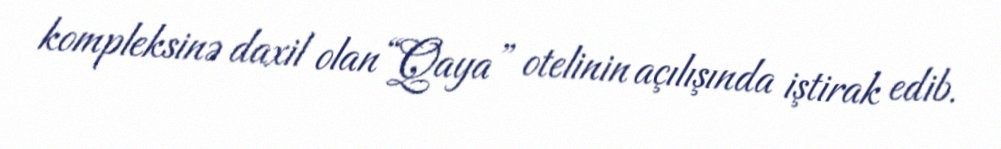
kompleksinə daxil olan “Qaya” otelinin açılışında iştirak edib.